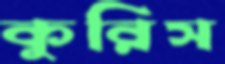
কুরিস